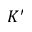
K ^ { \prime }